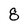
Character: 8